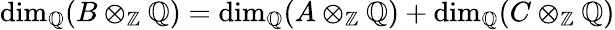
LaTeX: \dim_{\mathbb{Q}}(B\otimes_{\mathbb{Z}}\mathbb{Q})=\dim_{\mathbb{Q}}(A\otimes_{\mathbb{Z}}\mathbb{Q})+\dim_{\mathbb{Q}}(C\otimes_{\mathbb{Z}}\mathbb{Q})